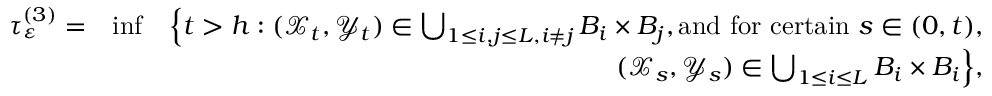
\begin{array} { r l r } { \tau _ { \varepsilon } ^ { ( 3 ) } = } & { \operatorname* { i n f } } & { \Big \{ t > h : ( { \mathcal X } _ { t } , { \mathcal Y } _ { t } ) \in \bigcup _ { \substack { 1 \le i , j \le L , i \neq j } } B _ { i } \times B _ { j } , \mathrm { a n d ~ f o r ~ c e r t a i n } \ s \in ( 0 , t ) , } \\ & { } & { ( { \mathcal X } _ { s } , { \mathcal Y } _ { s } ) \in \bigcup _ { 1 \le i \le L } B _ { i } \times B _ { i } \Big \} , } \end{array}